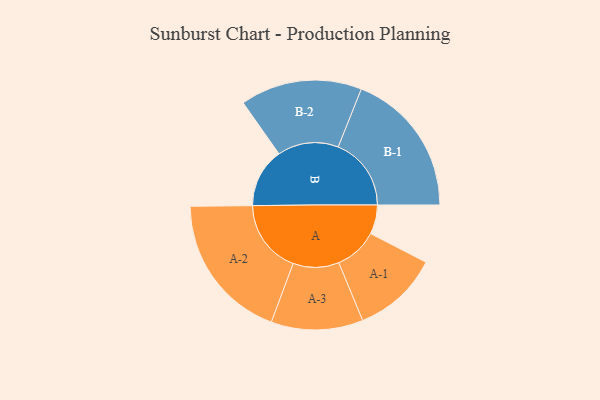
{"axis": {"x": "Segment", "y": "Value"}, "legend": ["", "A", "B"], "data": [{"x": "A", "y": 115, "type": ""}, {"x": "B", "y": 234, "type": ""}, {"x": "A-1", "y": 170, "type": "A"}, {"x": "A-2", "y": 291, "type": "A"}, {"x": "A-3", "y": 181, "type": "A"}, {"x": "B-1", "y": 288, "type": "B"}, {"x": "B-2", "y": 240, "type": "B"}]}